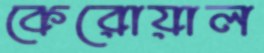
কেরোয়াল